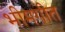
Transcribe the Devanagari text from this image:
भीमगीत